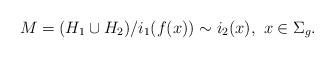
LaTeX: \begin{align*}M = (H_1 \cup H_2)/i_1(f(x))\sim i_2(x),\ x\in \Sigma_g.\end{align*}